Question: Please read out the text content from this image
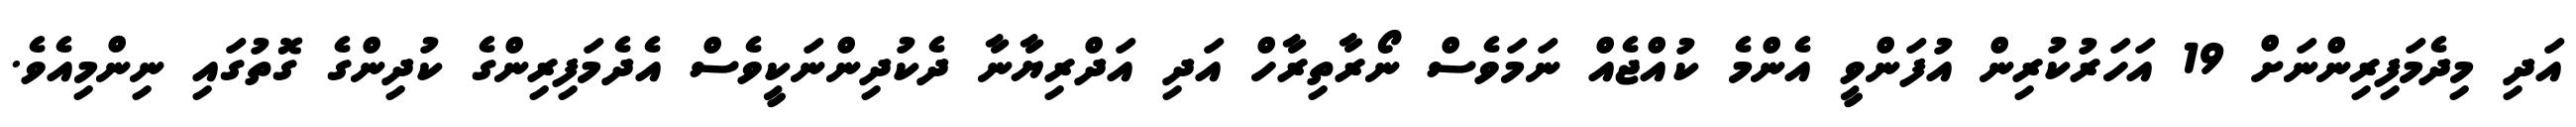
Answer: އަދި މިދެމަފިރިންނަށް 19 އަހަރުކުރިން އުފަންވީ އެންމެ ކުއްޖެއް ނަމަވެސް ނޯރާތިރާހް އަދި އަދްރިޔާނާ ދެކުދިންނަކީވެސް އެދެމަފިރިންގެ ކުދިންގެ ގޮތުގައި ނިންމިއެވެ.